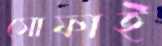
সোফাই